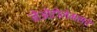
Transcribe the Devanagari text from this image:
नेओटोलेमसचे